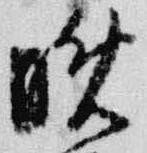
晩